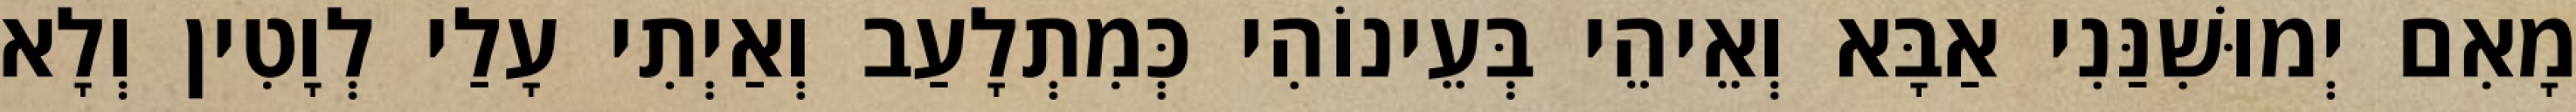
מָאִם יְמוּשִׁנַּנִי אַבָּא וְאֵיהֵי בְּעֵינוֹהִי כְּמִתְלָעַב וְאַיְתִי עָלַי לְוָטִין וְלָא